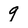
Character: 9